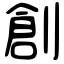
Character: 創